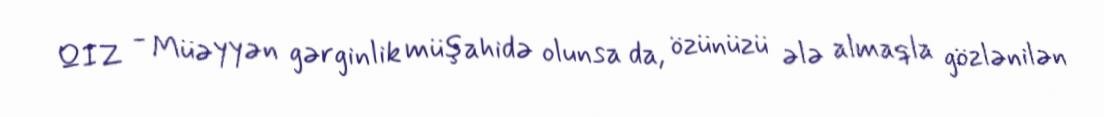
QIZ - Müəyyən gərginlik müşahidə olunsa da, özünüzü ələ almaqla gözlənilən